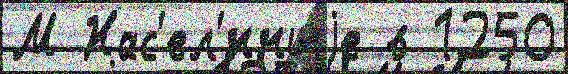
М Нас'ел'́нныjе в 1250